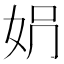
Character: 𡛱